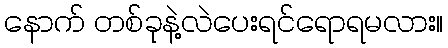
နောက် တစ်ခုနဲ့လဲပေးရင်ရောရမလား။